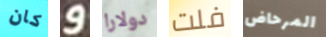
كان و دولارا فلت المرحاض